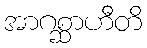
အာဂစ္ဆာဟီတိ